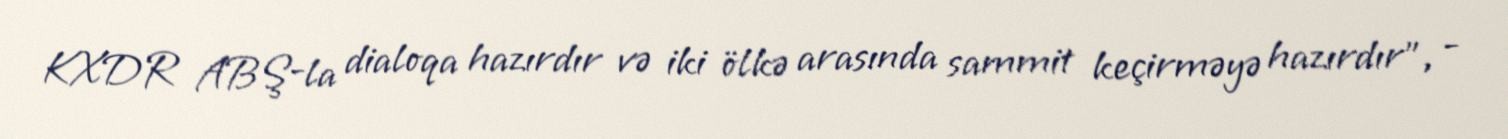
KXDR ABŞ-la dialoqa hazırdır və iki ölkə arasında sammit keçirməyə hazırdır”, -